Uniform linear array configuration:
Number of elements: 4
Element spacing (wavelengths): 0.5
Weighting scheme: exponential
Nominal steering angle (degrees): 45
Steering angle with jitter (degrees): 46.262
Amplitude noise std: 0.05
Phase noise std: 0.05

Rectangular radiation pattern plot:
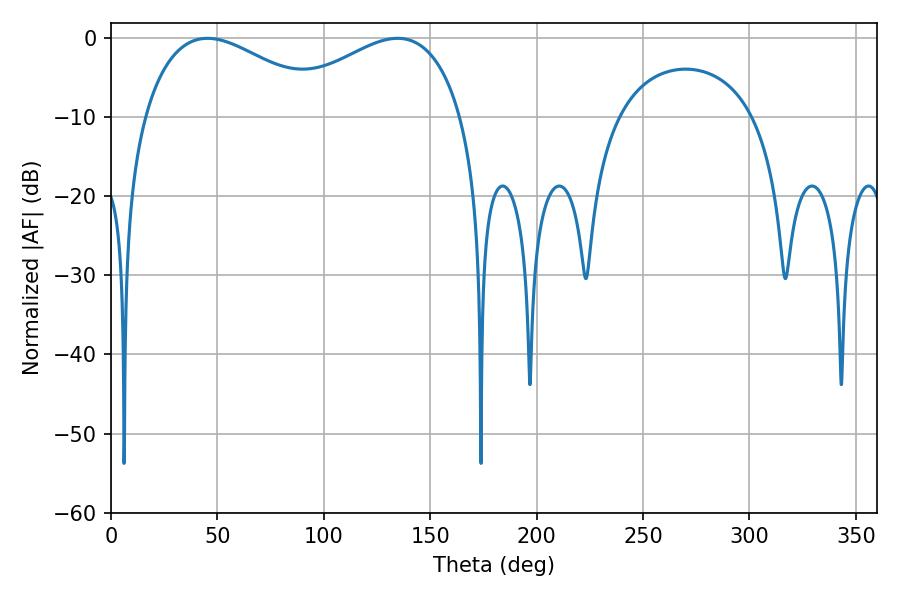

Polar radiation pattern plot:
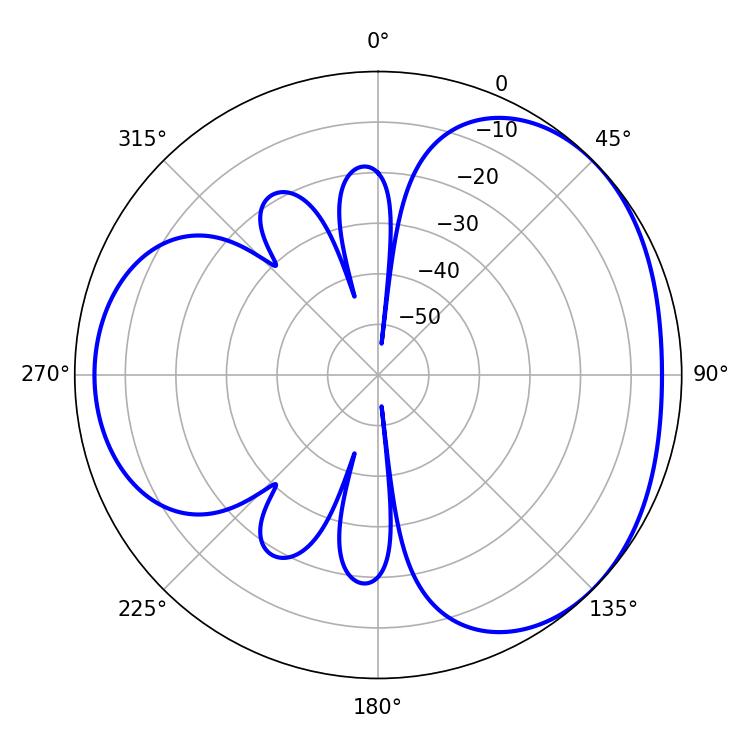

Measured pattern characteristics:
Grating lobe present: FALSE
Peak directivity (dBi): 3.281
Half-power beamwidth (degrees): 48.06
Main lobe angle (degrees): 45.36